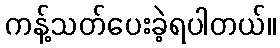
ကန့်သတ်ပေးခဲ့ရပါတယ်။